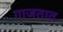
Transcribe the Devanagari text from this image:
गाजतात